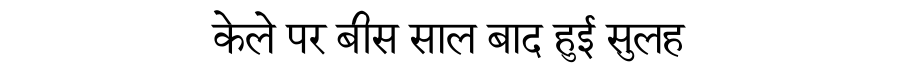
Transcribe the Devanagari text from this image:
केले पर बीस साल बाद हुई सुलह